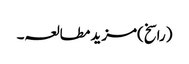
(راسخ)مزید مطالعہ۔